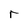
Character: r